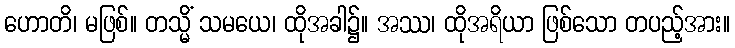
ဟောတိ၊ မဖြစ်။ တသ္မိံ သမယေ၊ ထိုအခါ၌။ အဿ၊ ထိုအရိယာ ဖြစ်သော တပည့်အား။